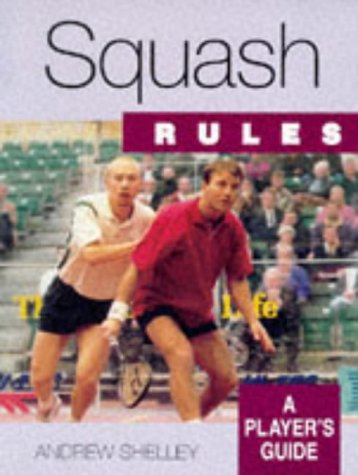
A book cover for Squash: A Player's Guide (Rules... a Player's Guide); Andrew Shelley; Sports & Outdoors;